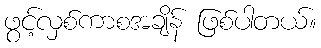
ဖွင့်လှစ်ကာစအချိန် ဖြစ်ပါတယ်။